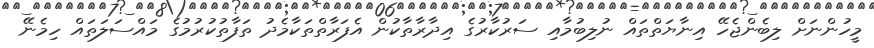
މީހުންނަށް ލިބެންޖެހޭ އިނާޔަތްތައް ނުލިބުމާއި ސަރުކާރުގެ އިދާރާތާކުން އެފަރާތްތަކާމެދު ތަފާތުކުރުމުގެ މައްސަލަތައް ހިމެނޭ